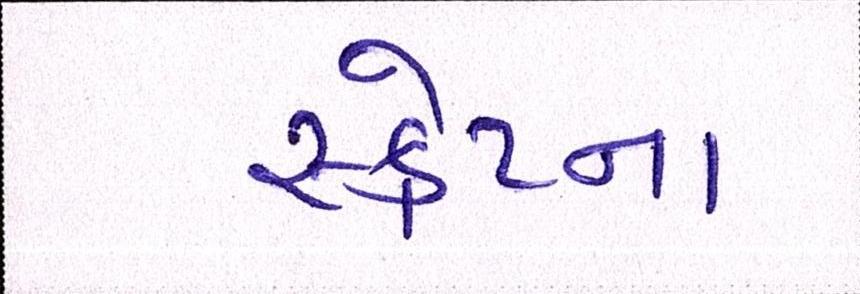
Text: સ્ક્રેપ્ના